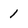
Character: 1